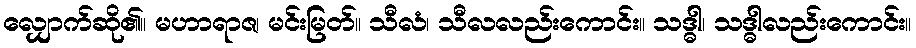
လျှောက်ဆို၏။ မဟာရာဇ၊ မင်းမြတ်။ သီလံ၊ သီလလည်းကောင်း။ သဒ္ဓါ၊ သဒ္ဓါလည်းကောင်း။